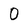
Character: 0